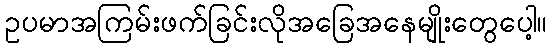
ဥပမာအကြမ်းဖက်ခြင်းလိုအခြေအနေမျိုးတွေပေါ့။